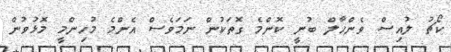
ކޯޗު ލުއިސް ވެންހާލް ބުނީ ކޮންމެ ގޮތަކުން ނަމަވެސް އެންމެ މުހިންމީ މޮޅުވުން